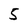
Character: 5